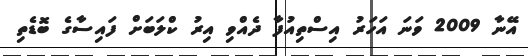
އޭނާ 2009 ވަނަ އަހަރު އިސްތިއުފާ ދެއްވި އިރު ކްލަބަށް ފައިސާގެ ބޮޑެތި